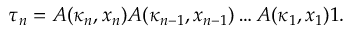
\tau _ { n } = A ( \kappa _ { n } , x _ { n } ) A ( \kappa _ { n - 1 } , x _ { n - 1 } ) \dots A ( \kappa _ { 1 } , x _ { 1 } ) 1 .